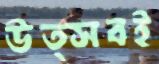
উত্সবই